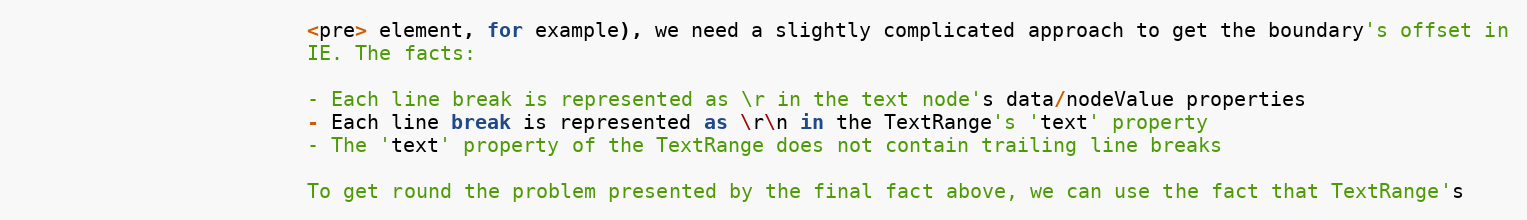
Language: JavaScript
                        <pre> element, for example), we need a slightly complicated approach to get the boundary's offset in
                        IE. The facts:

                        - Each line break is represented as \r in the text node's data/nodeValue properties
                        - Each line break is represented as \r\n in the TextRange's 'text' property
                        - The 'text' property of the TextRange does not contain trailing line breaks

                        To get round the problem presented by the final fact above, we can use the fact that TextRange's